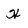
Character: H